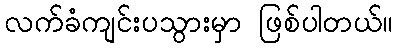
လက်ခံကျင်းပသွားမှာ ဖြစ်ပါတယ်။